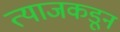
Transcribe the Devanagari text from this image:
त्याजकडून